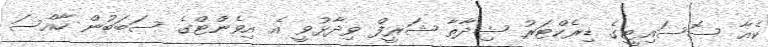
ކެއާ ސޮސައިޓީގެ ޑިރެކްޓަރު ޝިދާތާ ޝަރީފް ވިދާޅުވީ އެ އިވެންޓްގެ ސަބަބުން ހާއްސަ